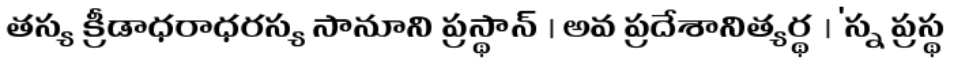
తస్య క్రీడాధరాధరస్య సానూని ప్రస్థాన్ । అవ ప్రదేశానిత్యర్థ । 'స్న ప్రస్థ